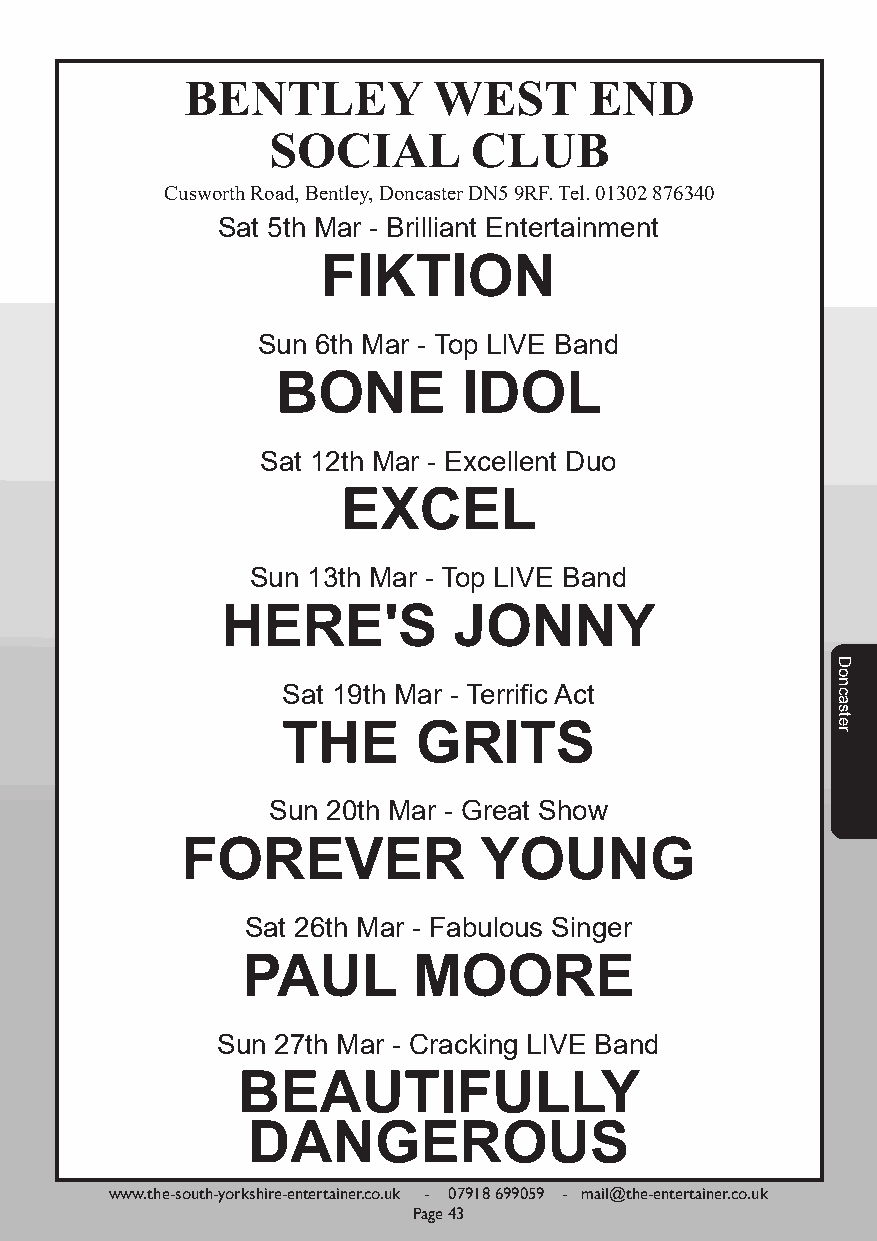
BENTLEY          WEST      END
 SOCIAL       CLUB
 Cusworth Road, Bentley, Doncaster DN5 9RF. Tel. 01302 876340
 Sat 5th Mar - Brilliant Entertainment
 FIKTION
 Sun 6th Mar - Top LIVE Band
 BONE         IDOL
 Sat 12th Mar - Excellent Duo
 EXCEL
 Sun 13th Mar - Top LIVE Band
 HERE'S         JONNY
 Sat 19th Mar - Terrific Act
 THE      GRITS
 Sun 20th Mar - Great Show
 FOREVER             YOUNG
 Sat 26th Mar - Fabulous Singer
 PAUL       MOORE
 Sun 27th Mar - Cracking LIVE Band
 BEAUTIFULLY
 DANGEROUS
 www.the-south-yorkshire-entertainer.co.uk - 07918 699059 - mail@the-entertainer.co.uk
 Page 43
 Doncaster